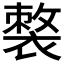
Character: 𧜌